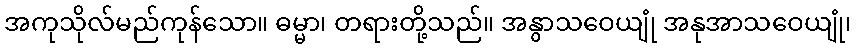
အကုသိုလ်မည်ကုန်သော။ ဓမ္မာ၊ တရားတို့သည်။ အနွာသဝေယျုံ အနုအာသဝေယျုံ၊